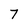
Character: 7